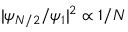
| \psi _ { N / 2 } / \psi _ { 1 } | ^ { 2 } \propto 1 / N